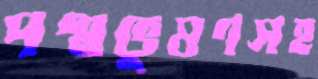
পদ্মভূষণসহ